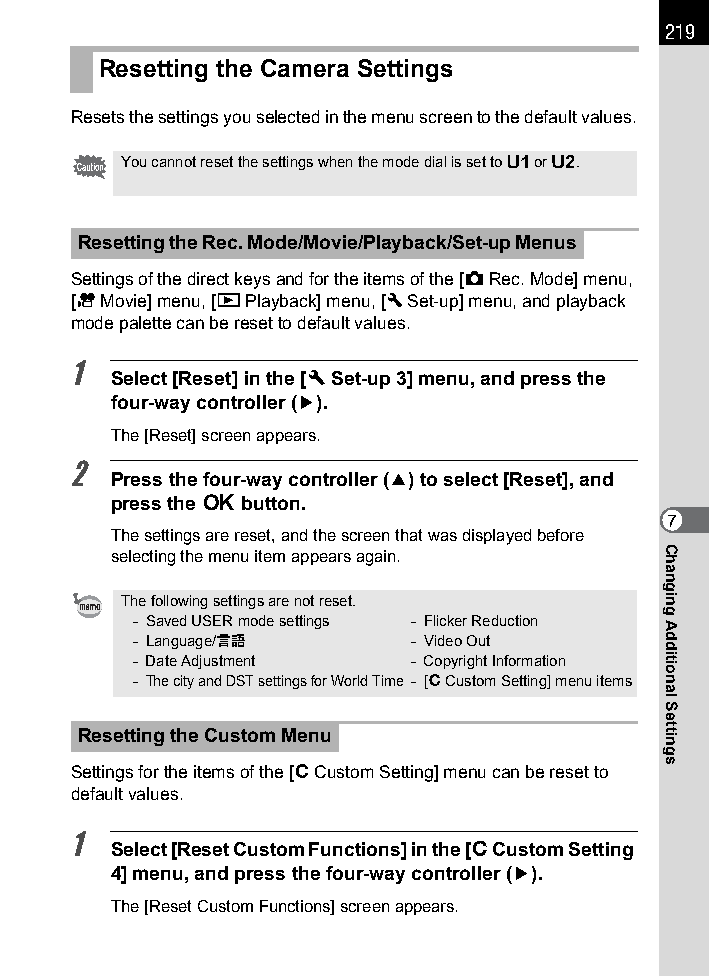
219
 Resetting the Camera Settings
 Resets the settings you selected in the menu screen to the default values.
 You cannot reset the settings when the mode dial is set to B or C.
 Resetting the Rec. Mode/Movie/Playback/Set-up Menus
 Settings of the direct keys and for the items of the [A Rec. Mode] menu,
 [C Movie] menu, [Q Playback] menu, [R Set-up] menu, and playback
 mode palette can be reset to default values.
 1
 Select [Reset] in the [R Set-up 3] menu, and press the
 four-way controller (5).
 The [Reset] screen appears.
 2
 Press the four-way controller (2) to select [Reset], and
 press the 4 button.
 7
 The settings are reset, and the screen that was displayed before
 selecting the menu item appears again.
 The following settings are not reset.
 - Saved USER mode settings - Flicker Reduction
 - Language/u      - Video Out
 - Date Adjustment - Copyright Information
 - The city and DST settings for World Time - [A Custom Setting] menu items
 Resetting the Custom Menu
 Settings for the items of the [A Custom Setting] menu can be reset to
 default values.
 1
 Select [Reset Custom Functions] in the [A Custom Setting
 4] menu, and press the four-way controller (5).
 The [Reset Custom Functions] screen appears.
 Changing
 Additional
 Settings